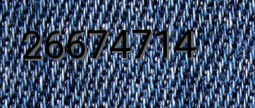
26674714